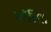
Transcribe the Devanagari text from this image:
कॉर्लिस